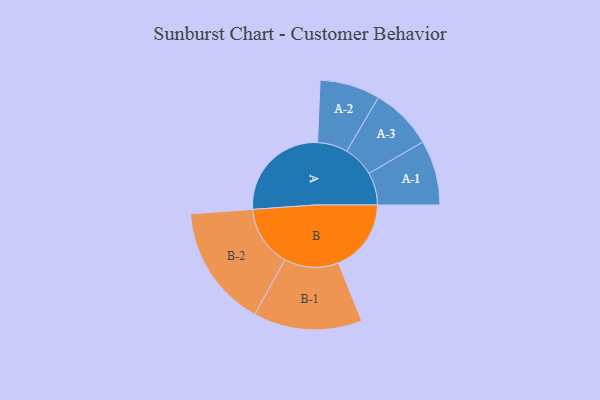
{"axis": {"x": "Segment", "y": "Value"}, "legend": ["", "A", "B"], "data": [{"x": "A", "y": 486, "type": ""}, {"x": "B", "y": 343, "type": ""}, {"x": "A-1", "y": 153, "type": "A"}, {"x": "A-2", "y": 142, "type": "A"}, {"x": "A-3", "y": 147, "type": "A"}, {"x": "B-1", "y": 256, "type": "B"}, {"x": "B-2", "y": 288, "type": "B"}]}